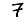
Digit: 7